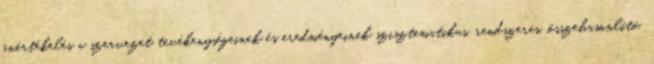
önértékelés a szervezet tevékenységeinek és eredményeinek szisztematikus, rendszeres, összehasonlító,